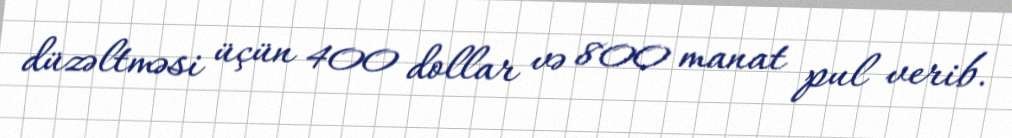
düzəltməsi üçün 400 dollar və 800 manat pul verib.